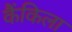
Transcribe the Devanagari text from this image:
कैंकिला